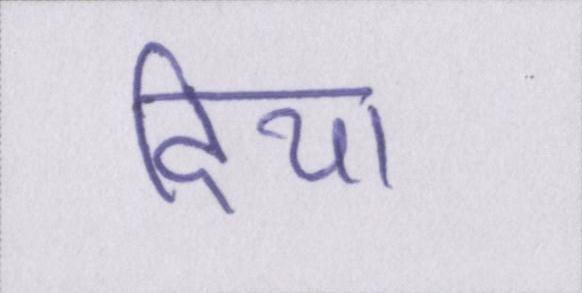
दिया